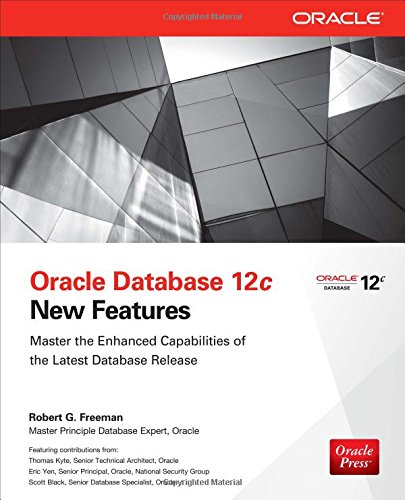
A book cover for Oracle Database 12c New Features; Robert Freeman; Computers & Technology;